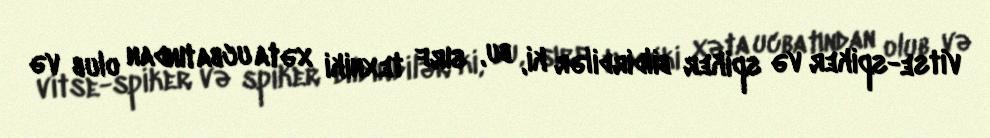
vitse-spiker və spiker bildirdilər ki, bu, sırf texniki xəta ucbatından olub və